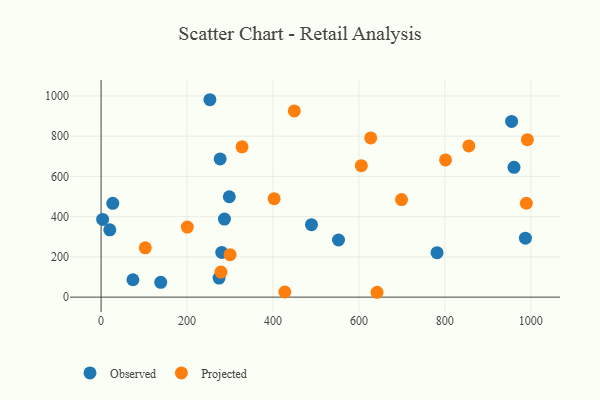
{"axis": {"x": "Ad Spend", "y": "Profit"}, "legend": ["Observed", "Projected"], "data": [{"x": "987.4", "y": 293.0, "type": "Observed"}, {"x": "138.8", "y": 73.8, "type": "Observed"}, {"x": "489.6", "y": 360.1, "type": "Observed"}, {"x": "277.1", "y": 686.8, "type": "Observed"}, {"x": "960.9", "y": 645.2, "type": "Observed"}, {"x": "253.2", "y": 981.1, "type": "Observed"}, {"x": "274.5", "y": 94.7, "type": "Observed"}, {"x": "74.1", "y": 86.4, "type": "Observed"}, {"x": "298.4", "y": 498.8, "type": "Observed"}, {"x": "280.8", "y": 222.4, "type": "Observed"}, {"x": "20.3", "y": 334.7, "type": "Observed"}, {"x": "781.8", "y": 220.8, "type": "Observed"}, {"x": "287.1", "y": 388.0, "type": "Observed"}, {"x": "27.2", "y": 466.3, "type": "Observed"}, {"x": "552.5", "y": 284.1, "type": "Observed"}, {"x": "955.3", "y": 873.1, "type": "Observed"}, {"x": "3.6", "y": 386.2, "type": "Observed"}, {"x": "855.8", "y": 751.5, "type": "Projected"}, {"x": "627.4", "y": 791.4, "type": "Projected"}, {"x": "427.6", "y": 25.5, "type": "Projected"}, {"x": "102.8", "y": 245.2, "type": "Projected"}, {"x": "402.7", "y": 489.3, "type": "Projected"}, {"x": "200.7", "y": 348.3, "type": "Projected"}, {"x": "449.7", "y": 925.3, "type": "Projected"}, {"x": "699.2", "y": 484.8, "type": "Projected"}, {"x": "801.6", "y": 681.8, "type": "Projected"}, {"x": "992.0", "y": 782.6, "type": "Projected"}, {"x": "300.2", "y": 210.9, "type": "Projected"}, {"x": "989.6", "y": 466.7, "type": "Projected"}, {"x": "328.0", "y": 746.9, "type": "Projected"}, {"x": "642.2", "y": 24.2, "type": "Projected"}, {"x": "605.6", "y": 653.3, "type": "Projected"}, {"x": "279.0", "y": 124.7, "type": "Projected"}]}